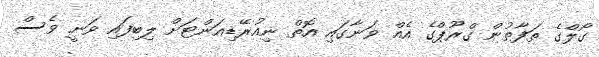
ގޯލްގެ ތަފާތުން ގްރޫޕްގެ އެއް ވަނާގައި އޮތް ނިއުރޭޑިއަންޓަށް ލިބިފައި ވަނީ ވެސް